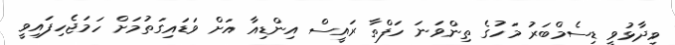
ވިދާޅުވީ ޑިސެމްބަރު މަހުގެ ތިންވަނަ ހަފްތާ ރައީސް އިންޑިއާ އަށް ވަޑައިގަތުމަށް ހަމަޖެހިފައިވީ